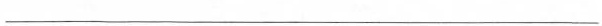
___